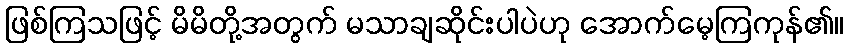
ဖြစ်ကြသဖြင့် မိမိတို့အတွက် မသာချဆိုင်းပါပဲဟု အောက်မေ့ကြကုန်၏။